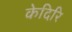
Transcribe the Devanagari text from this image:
केदिरि